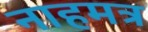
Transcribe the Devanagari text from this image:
नाहमत्र